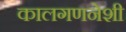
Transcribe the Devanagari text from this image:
कालगणनेशी